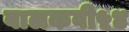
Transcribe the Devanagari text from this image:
बालकवी५४